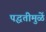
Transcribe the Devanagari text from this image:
पद्धतीमुळें